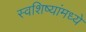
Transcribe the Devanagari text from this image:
स्वशिष्यांमध्ये